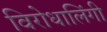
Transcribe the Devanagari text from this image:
विरोधालिंगी